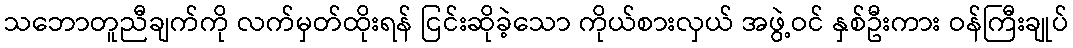
သဘောတူညီချက်ကို လက်မှတ်ထိုးရန် ငြင်းဆိုခဲ့သော ကိုယ်စားလှယ် အဖွဲ့ဝင် နှစ်ဦးကား ဝန်ကြီးချုပ်